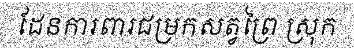
ដែនការពារជម្រកសត្វព្រៃ ស្រុក